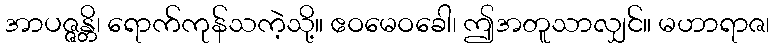
အာပဇ္ဇန္တိ၊ ရောက်ကုန်သကဲ့သို့။ ဧဝမေဝခေါ၊ ဤအတူသာလျှင်။ မဟာရာဇ၊